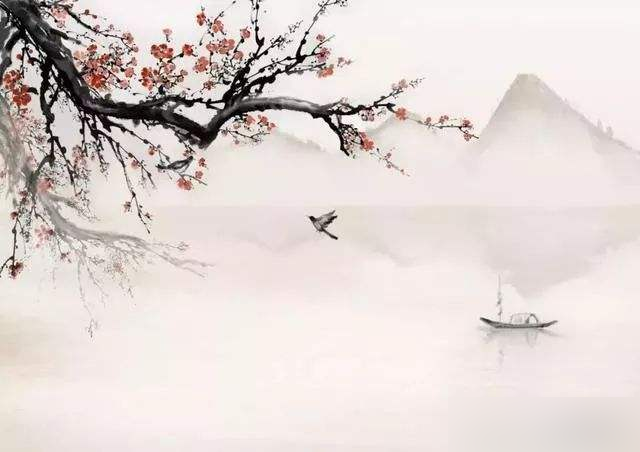
巴山重叠相逢处。燕子占巢花脱树。